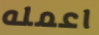
اعمله